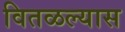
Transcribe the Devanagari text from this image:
वितळल्यास